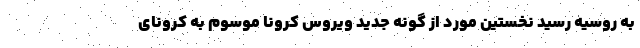
به روسیه رسید نخستین مورد از گونه جدید ویروس کرونا موسوم به کرونای